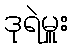
ဒုရဲမှူး